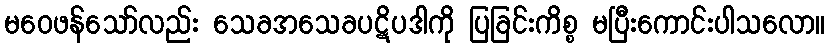
မဝေဖန်သော်လည်း သေခအသေခပဋိပဒါကို ပြခြင်းကိစ္စ မပြီးကောင်းပါသလော။